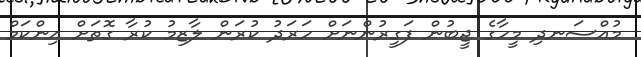
މުއްސަނދި މީހާގެ ޖީބުން ފަގީރުންނަށް ހަރަދު ކުރަން ލާޒިމު ކުރާ ގޮތަށް އިންކަމް